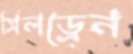
সিলড্রেন